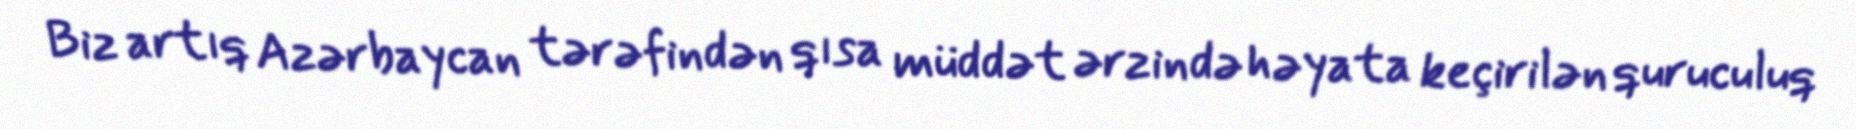
Biz artıq Azərbaycan tərəfindən qısa müddət ərzində həyata keçirilən quruculuq